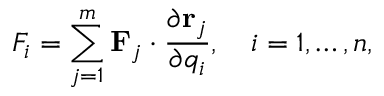
F _ { i } = \sum _ { j = 1 } ^ { m } \mathbf { F } _ { j } \cdot { \frac { \partial \mathbf { r } _ { j } } { \partial q _ { i } } } , \quad i = 1 , \ldots , n ,